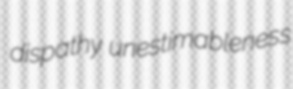
dispathy unestimableness